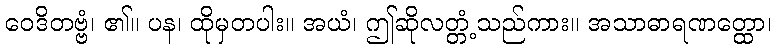
ဝေဒိတဗ္ဗံ၊ ၏။ ပန၊ ထိုမှတပါး။ အယံ၊ ဤဆိုလတ္တံ့သည်ကား။ အသာဓာရဏတ္ထော၊